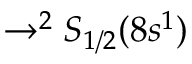
\rightarrow ^ { 2 } S _ { 1 / 2 } ( 8 s ^ { 1 } )